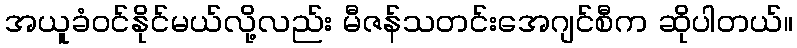
အယူခံဝင်နိုင်မယ်လို့လည်း မီဇန်သတင်းအေဂျင်စီက ဆိုပါတယ်။